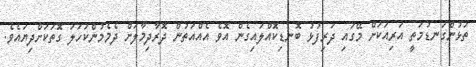
ތަޅުންގަނޑުމަތީ އަރިއަކަށް މޭގައި ދަރިފުޅު ބޮނޑިކޮއްލައިގެން އޮވެ އެއްއަތުން ދޮރާދިމާލަށް ދެމެމުންކަހަލަ ގޮތަކަށްދިޔައެވެ.